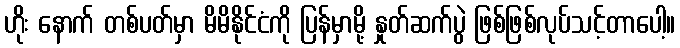
ဟိုး နောက် တစ်ပတ်မှာ မိမိနိုင်ငံကို ပြန်မှာမို့ နှုတ်ဆက်ပွဲ ဖြစ်ဖြစ်လုပ်သင့်တာပေါ့။